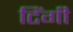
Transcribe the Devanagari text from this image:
टिंगी